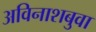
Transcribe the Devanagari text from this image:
अविनाशबुवा